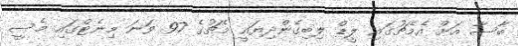
ބާސާ އަށް އެމެޗުގައި ލީޑް ލިބިގެންދިޔައީ މެޗުގެ 97 ވަނަ މިނެޓްގައި މެސީ